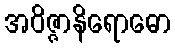
အဝိဇ္ဇာနိရောဓော